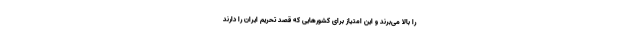
را بالا می‌برند و این امتیاز برای کشورهایی که قصد تحریم ایران را دارند